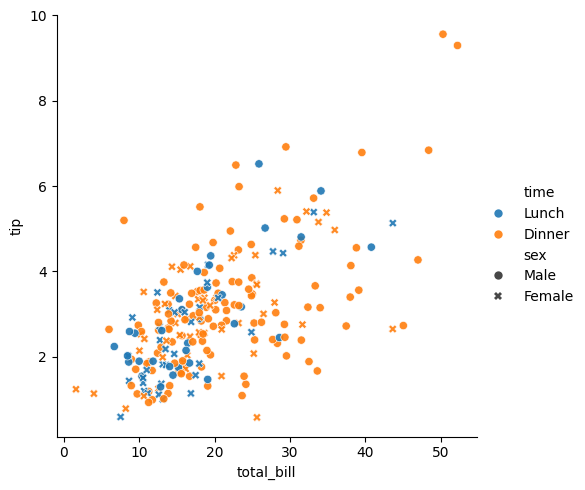
python, seaborn, relplot, alpha=0.9